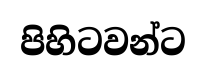
පිහිටවන්ට